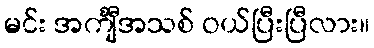
မင်း အင်္ကျီအသစ် ဝယ်ပြီးပြီလား။